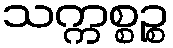
သက္ကစ္စဉ္စ